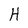
Character: H